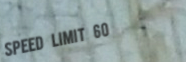
Speed Limit 60